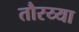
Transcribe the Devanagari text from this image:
तौरय्या